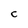
Character: C